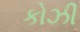
કોઝી